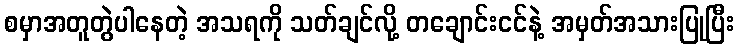
စမှာအတူတွဲပါနေတဲ့ အသရကို သတ်ချင်လို့ တချောင်းငင်နဲ့ အမှတ်အသားပြုပြီး